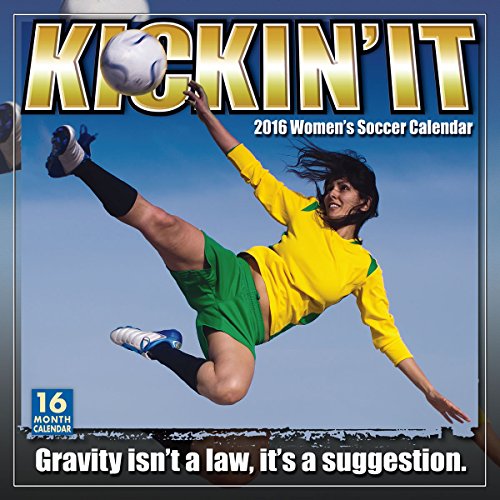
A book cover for Kickin It: Women's Soccer 2016 Wall Calendar; bCreative; Calendars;